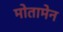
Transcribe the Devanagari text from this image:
मोतामेन